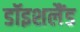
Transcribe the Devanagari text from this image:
डॉइशलैंड